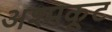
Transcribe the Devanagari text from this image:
अश्मकूट